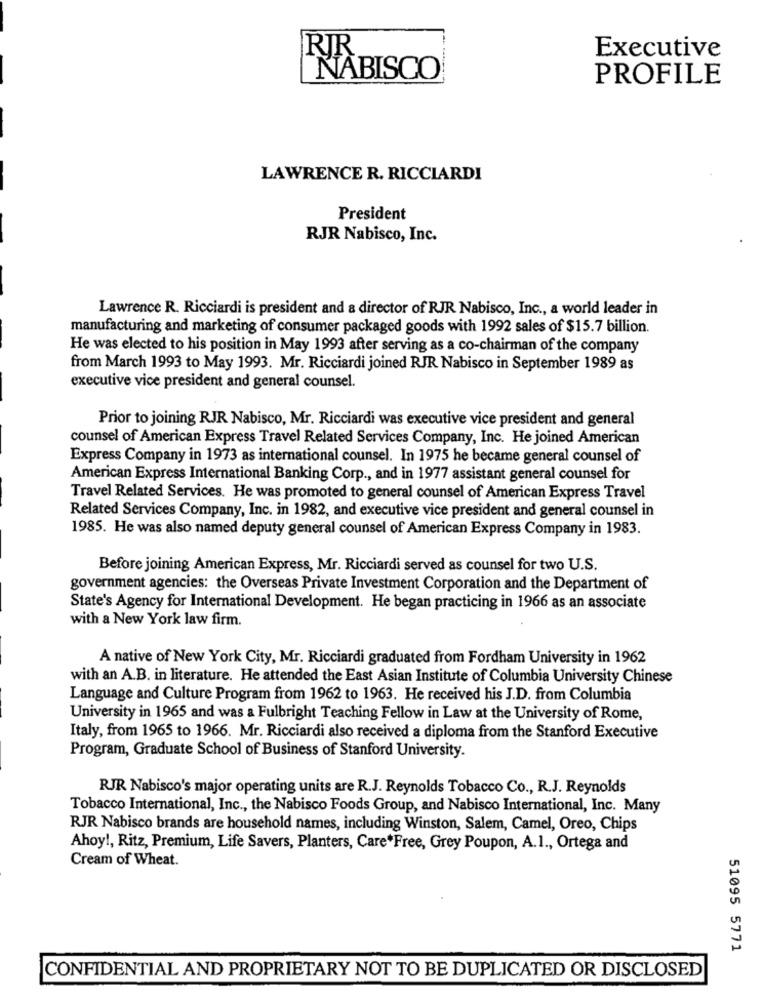
RIR
Executive
NABISCO
PROFILE
LAWRENCE R. RICCIARDI
President
RJR Nabisco, Inc.
Lawrence R. Ricciardi is president and a director of RJR Nabisco, Inc ., a world leader in
manufacturing and marketing of consumer packaged goods with 1992 sales of $15.7 billion.
He was elected to his position in May 1993 after serving as a co-chairman of the company
from March 1993 to May 1993. Mr. Ricciardi joined RJR Nabisco in September 1989 as
executive vice president and general counsel.
Prior to joining RJR Nabisco, Mr. Ricciardi was executive vice president and general
counsel of American Express Travel Related Services Company, Inc. He joined American
Express Company in 1973 as international counsel. In 1975 he became general counsel of
American Express International Banking Corp ., and in 1977 assistant general counsel for
Travel Related Services. He was promoted to general counsel of American Express Travel
Related Services Company, Inc. in 1982, and executive vice president and general counsel in
1985. He was also named deputy general counsel of American Express Company in 1983.
Before joining American Express, Mr. Ricciardi served as counsel for two U.S.
government agencies: the Overseas Private Investment Corporation and the Department of
State's Agency for International Development. He began practicing in 1966 as an associate
with a New York law firm.
A native of New York City, Mr. Ricciardi graduated from Fordham University in 1962
with an A.B. in literature. He attended the East Asian Institute of Columbia University Chinese
Language and Culture Program from 1962 to 1963. He received his J.D. from Columbia
University in 1965 and was a Fulbright Teaching Fellow in Law at the University of Rome,
Italy, from 1965 to 1966. Mr. Ricciardi also received a diploma from the Stanford Executive
Program, Graduate School of Business of Stanford University.
RJR Nabisco's major operating units are R.J. Reynolds Tobacco Co ., R.J. Reynolds
Tobacco International, Inc ., the Nabisco Foods Group, and Nabisco International, Inc. Many
RJR Nabisco brands are household names, including Winston, Salem, Camel, Oreo, Chips
Ahoy !, Ritz, Premium, Life Savers, Planters, Care*Free, Grey Poupon, A.1 ., Ortega and
Cream of Wheat.
51095 5771
CONFIDENTIAL AND PROPRIETARY NOT TO BE DUPLICATED OR DISCLOSED